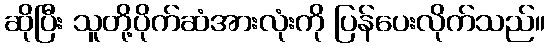
ဆိုပြီး သူတို့ပိုက်ဆံအားလုံးကို ပြန်ပေးလိုက်သည်။